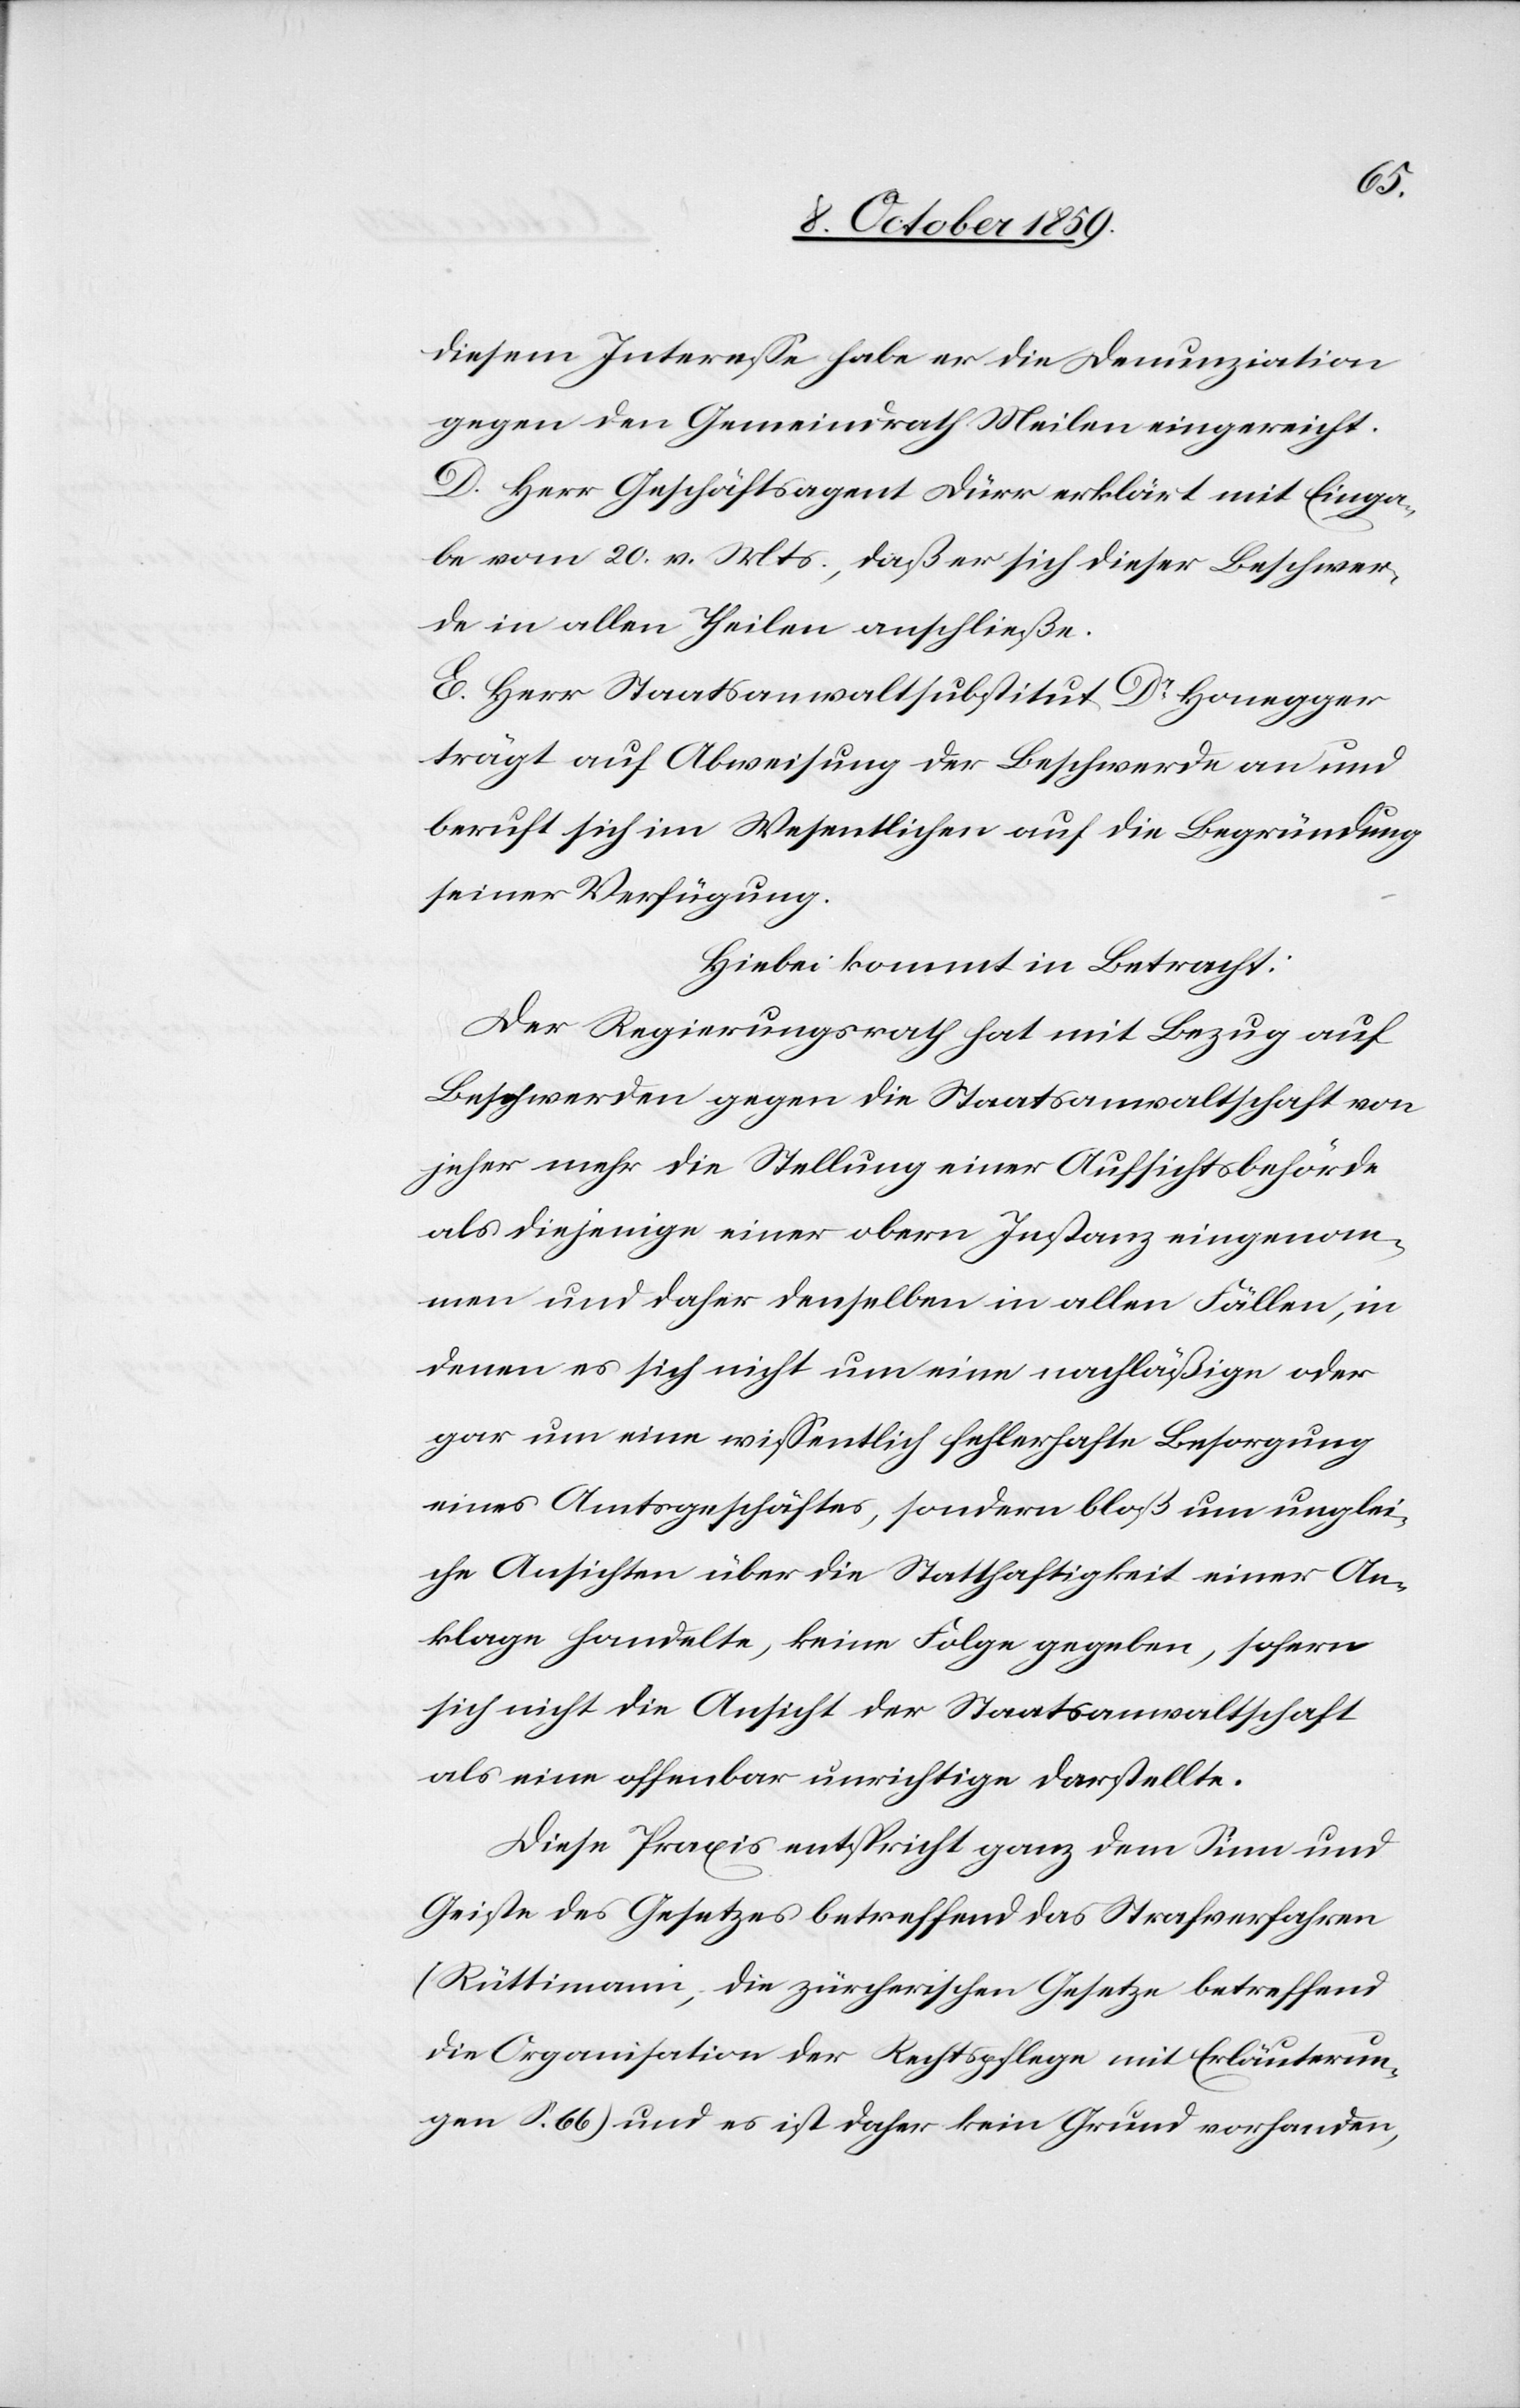
diesem Interesse habe er die Denunziation
gegen den Gemeindrath Meilen eigereicht.
D. Herr Geschäftsagent Dürr erklärt mit Einga¬
be vom 20. v. Mts., daß er sich dieser Beschwer¬
de in allen Theilen anschließe.
E. Herr Staatsanwaltsubstitut Dr Honegger
trägt auf Abweisung der Beschwerde an und
beruft sich im Wesentlichen auf die Begründung
seiner Verfügung.
Hiebei kommt in Betracht:
Der Regierungsrath hat mit Bezug auf
Beschwerden gegen die Staatsanwaltschaft von
jeher mehr die Stellung einer Aufsichtsbehörde
als diejenige einer obern Instanz eingenom¬
men und daher denselben in allen Fällen, in
denen es sich nicht um eine nachläßige oder
gar um eine wissentlich fehlerhafte Besorgung
eines Amtsgeschäftes, sondern bloß um unglei¬
che Ansichten über die Statthaftigkeit einer An¬
klage handelte, keine Folge gegeben, sofern
sich nicht die Ansicht der Staatsanwaltschaft
als eine offenbar unrichtige darstellte.
Diese Praxis entspricht ganz dem Sinn und
Geiste des Gesetzes betreffend das Strafverfahren
(Rüttimann, die zürcherischen Gesetze betreffend
die Organisation der Rechtspflege mit Erläuterun¬
gen S. 66) und es ist daher kein Grund vorhanden,